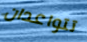
تتواعدان